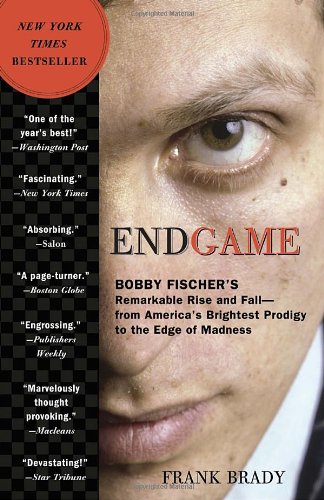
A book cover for Endgame: Bobby Fischer's Remarkable Rise and Fall - from America's Brightest Prodigy to the Edge of Madness; Frank Brady; Humor & Entertainment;